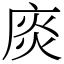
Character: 𢉘